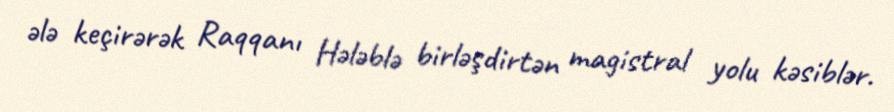
ələ keçirərək Raqqanı Hələblə birləşdirtən magistral yolu kəsiblər.